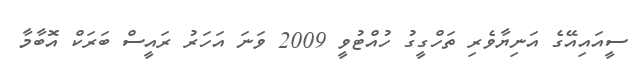
ސީއައިއޭގެ އަނިޔާވެރި ތަހްގީގު ހުއްޓުވީ 2009 ވަނަ އަހަރު ރައީސް ބަރަކް އޮބާމާ